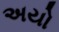
અયો